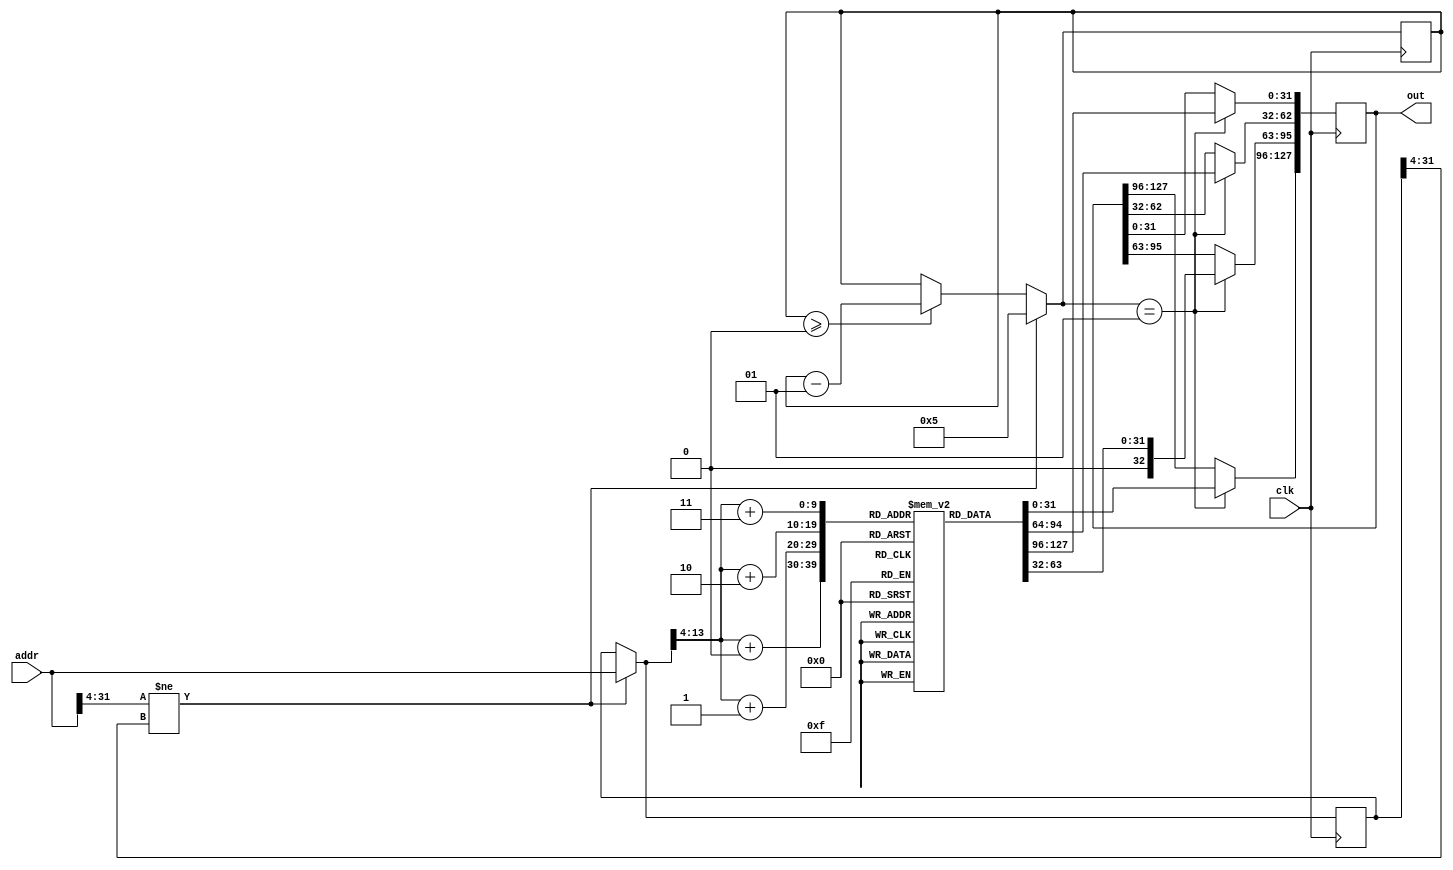
module mem_inst #(
	localparam N = 32
)(
	input							clk,
	input			[N-1:0]		addr,
	output reg	[4*N-1:0]	out
);
	// 1K word memory
	reg [N-1:0] memory [0:1023];
	
	reg [N-1:0] last_addr = 0;
	reg [N-1:0] new_addr = 0;
	integer counter = 0; 
	
	initial out = 0;
	
	always @(posedge clk) begin
		if (addr[31:4] != new_addr[31:4]) begin
			counter = 5;
			new_addr = addr;
		end
		else if(counter >= 0) counter = counter - 1;
		
		if(counter == 1) begin
			last_addr =  new_addr>>4; // drop 2bit offset and 2bit local(byte index in word)
			
			out[31:0] = memory[last_addr  + 0];
			out[63:32] = memory[last_addr + 1];
			out[96:63] = memory[last_addr + 2];
			out[127:96] = memory[last_addr+ 3];
			
//			out[31:0] = memory[last_addr][0];
//			out[63:32] = memory[last_addr][1];
//			out[96:63] = memory[last_addr][2];
//			out[127:96] = memory[last_addr][3];
			
			// test
//			out[31:0] = last_addr;   
//			out[63:32] = last_addr+1;
//			out[95:64] = last_addr+2;
//			out[127:96] = last_addr+3;
			
			// test
			// out = last_addr;
		end
	end


	integer i=0;
	initial 
		for (i=0;i<1024;i = i+1)
			memory[i]=i;

endmodule